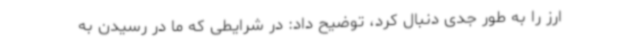
ارز را به طور جدی دنبال کرد، توضیح داد: در شرایطی که ما در رسیدن به